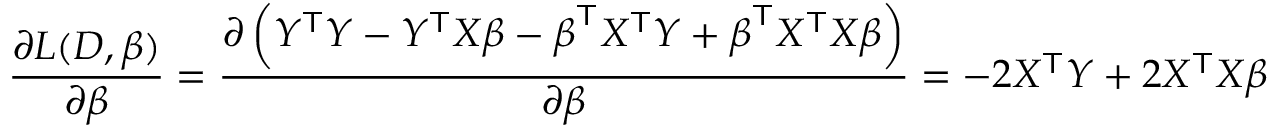
{ \frac { \partial L ( D , { \boldsymbol { \beta } } ) } { \partial { \boldsymbol { \beta } } } } = { \frac { \partial \left( Y ^ { \mathsf { T } } Y - Y ^ { \mathsf { T } } X { \boldsymbol { \beta } } - { \boldsymbol { \beta } } ^ { \mathsf { T } } X ^ { \mathsf { T } } Y + { \boldsymbol { \beta } } ^ { \mathsf { T } } X ^ { \mathsf { T } } X { \boldsymbol { \beta } } \right) } { \partial { \boldsymbol { \beta } } } } = - 2 X ^ { \mathsf { T } } Y + 2 X ^ { \mathsf { T } } X { \boldsymbol { \beta } }